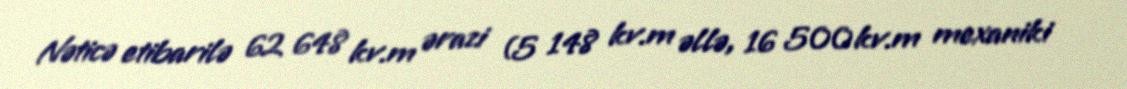
Nəticə etibarilə 62 648 kv.m ərazi (5 148 kv.m əllə, 16 500 kv.m mexaniki